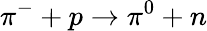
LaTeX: \pi^{-}+p\rightarrow\pi^{0}+n